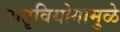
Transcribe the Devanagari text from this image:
मातृवियोगामुळे